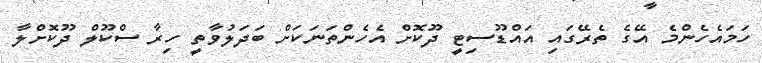
ހަމައެހެންމެ އޭގެ ތެރޭގައި އައްޑޫސިޓީ ދޫކޮށް އެހެންތަނަކަށް ބަދަލުވާތީ ހިރާ ސްކޫލް ދޫކޮށްލާ